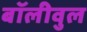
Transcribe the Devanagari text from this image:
बॉलीवुल